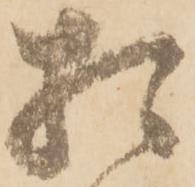
相